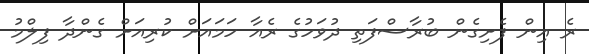
ރެ އިން ފެށިގެން ބުރާސްފަތި ދުވަހުގެ ރެއާ ހަމައަށް ކުރިއަށް ގެންދާ ފިލްމު